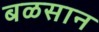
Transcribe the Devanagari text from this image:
बळसान